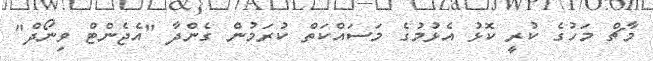
މާޗް މަހުގެ ކުރީ ކޮޅު އެޅުމުގެ މަސައްކަތް ކުރަމުން ގެންދާ "އެޖެންޓް ވިނޯދް"